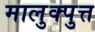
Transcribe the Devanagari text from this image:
मालुक्पुत्त